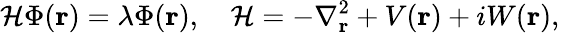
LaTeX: \mathcal{H}\Phi(\mathbf{r})=\lambda\Phi(\mathbf{r}),\quad\mathcal{H}=-\nabla_{\mathbf{r}}^{2}+V(\mathbf{r})+iW(\mathbf{r}),\quad